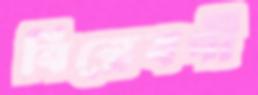
বিশ্লেষণী